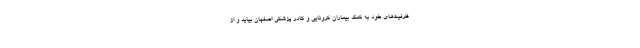
ظرفیت‌های خود به کمک بیماران کرونایی و کادر پزشکی اصفهان بیاید و از